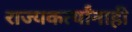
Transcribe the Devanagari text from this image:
राज्यकर्त्यांनाही